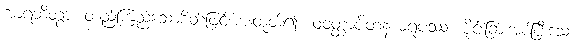
အာရဘိတွာ၊ တည်ကြည်သောစိတ်ဖြင့်အားထုတ်၍။ ဝဝတ္ထာပိတနာမရူပဿ၊ ပိုင်းခြားအပ်ပြီးသော